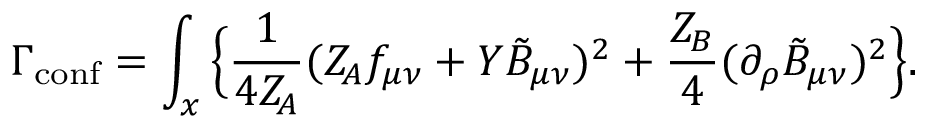
\Gamma _ { \mathrm { c o n f } } = \int _ { x } \Big \{ \frac { 1 } { 4 Z _ { \! A } } ( Z _ { \! A } f _ { \mu \nu } + Y \tilde { B } _ { \mu \nu } ) ^ { 2 } + \frac { Z _ { \! B } } { 4 } ( \partial _ { \rho } \tilde { B } _ { \mu \nu } ) ^ { 2 } \Big \} .